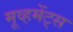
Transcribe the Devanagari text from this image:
मूव्हमेंट्स